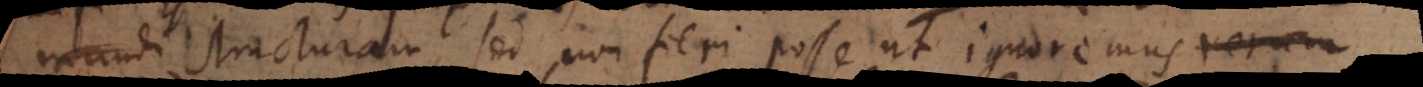
mundi structuram, sed non fieri posse ut ignoremus rerum